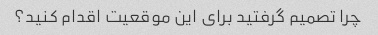
چرا تصمیم گرفتید برای این موقعیت اقدام کنید؟